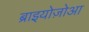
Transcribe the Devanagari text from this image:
ब्राइयोज़ोआ